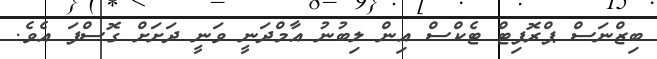
ބިޒްނަސް ޕްރޮފިޓް ޓެކްސް އިން ލިބުނު އާމްދަނީ ވަނީ ދަށަށް ގޮސްފަ އެވެ.